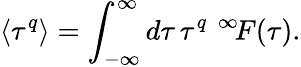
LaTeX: \langle\tau^{q}\rangle=\int_{-\infty}^{\infty}d\tau\, \tau^{q}\, \, ^{\infty}\! F(\tau).